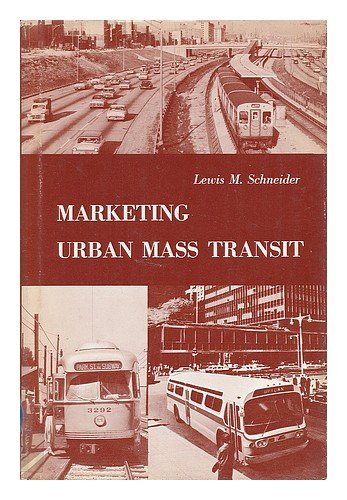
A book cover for Marketing Urban Mass Transit: Comparative Study of Management Strategies; Lewis M. Schneider; Engineering & Transportation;